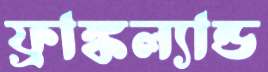
ফ্রাঙ্কল্যান্ড